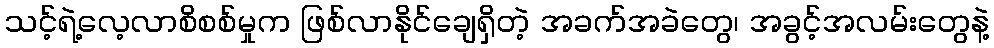
သင့်ရဲ့လေ့လာစိစစ်မှုက ဖြစ်လာနိုင်ချေရှိတဲ့ အခက်အခဲတွေ၊ အခွင့်အလမ်းတွေနဲ့